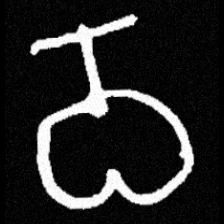
Pyu character \u2014 Myanmar letter: ဝ (romanized: wa)